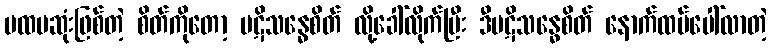
ပထမဆုံးဖြစ်တဲ့ စိတ်ကိုတော့ ပဋိသန္ဓေစိတ် လို့ခေါ်လိုက်ပြီး ဒီပဋိသန္ဓေစိတ် နောက်ထပ်ပေါ်လာတဲ့